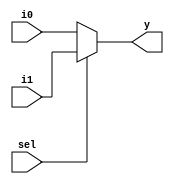
module mux2to1_32b (i0,
                    i1,
                    sel,
                    y);
    input [31:0] i0, i1;
    input sel;
    output [31:0] y;
    
    assign y = (sel == 1'b1) ? i1 : i0;
    
endmodule